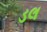
ડલ